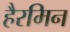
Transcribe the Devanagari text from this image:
हैरमिन